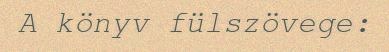
A könyv fülszövege: